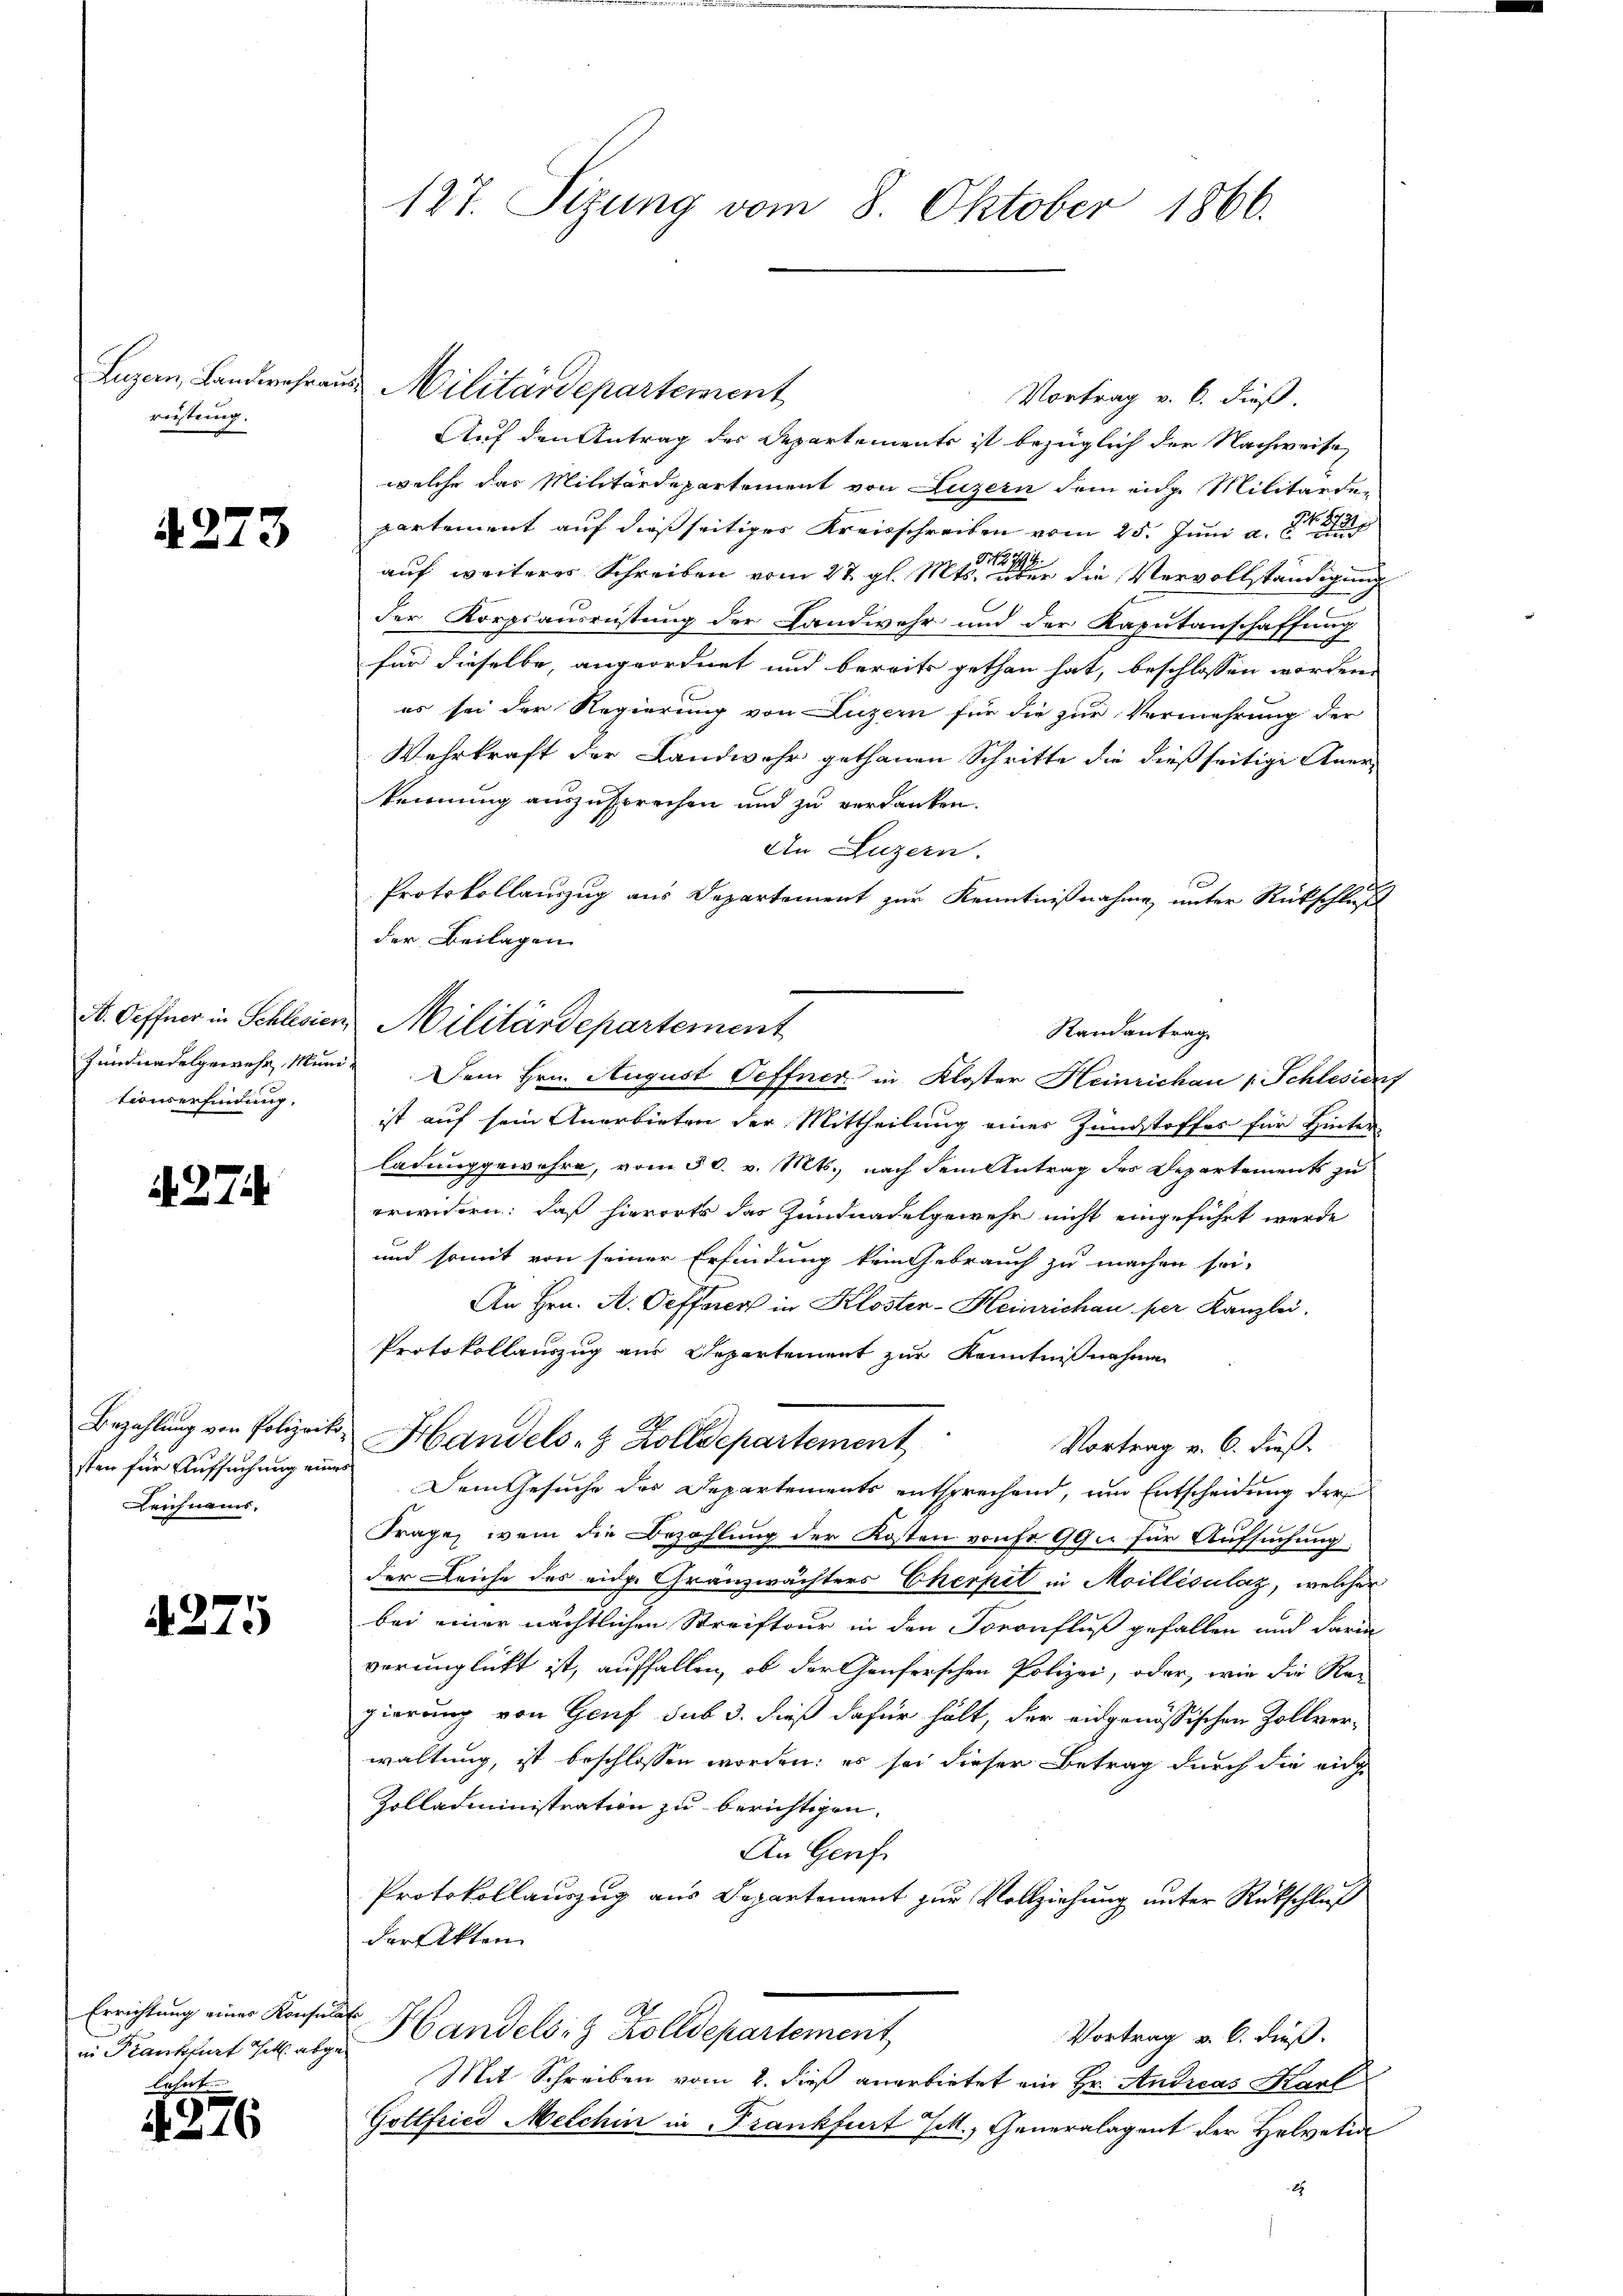
Luzern, Landwehrai
reitung.

A 273

K. Oeffner in Schlesien
Jundnadelgewehr, Mund
tionserfindung.

A. 274.

Bezahlung von Polizeit
sten für Aufsuchung eine
Leichnams,

4275

Errichtung eines Konsu
in Frankfurt hatt. abg
lehnt

376

127. Sizung vom 8. Oktober 1866.

us Militärdepartement
Vortrag v. 6. dieß.
Auf den Antrag der Departements ist bezüglich der Nachweise
welche das Militärdepartement von Luzern dem einge Militärdepartement auf dießseitiger Kreisschreiben vom 25. Juni a.
.
Siche
auf weiteres Schreiben vom 27. gl. Mts. über die Vervollständigung
der Korpsausrüstung der Landwehr und der Kaputanschaffung
für dieselbe, angeordnet und bereits gethan hat, beschlossen worden.
es sei der Regierung von Luzern für die zur Vermehrung der
Wehrkraft der Landwehr gethanen Schritte die dießseitige Aner-
kennung auszusprechen und zu verdanken.
An Luzern.
Protokollauszug aus Departement zur Kenntnißnahme unter Rückschluß
der Beilagen
 Militärdepartement
Dem Hrn. August Oeffner in Kloster Heinrichau v. Schlesiens
ist auf sein Anerbieten der Mittheilung einer Zundstoffes für Hinter
ladung gewehre, vom 30. v. Mts., nach dem Antrag des Departements zu
erwidern; daß hierorts das Zundnadelgewehr nicht eingeführt werde
und somit von seiner Erfindung kein Gebrauch zu machen sei.
An Hrn. A. Oefferen in Klosten-Heinrichen per Kanzlei.
Protokollauszug aus Departement zur Kenntnißnahme
Handels- & Zolldepartement
Vortrag v. 6. dieß.
Dem Gesuche des Departements entsprechend, um Entscheidung der
Frage, wenn die Bezahlung der Kosten von Fr. 99 für Aufsuchung,
der Leiche des eidge Gränzwächters Cherpel in Moillésulaz, welcher
bei einer nächtlichen Streiftour in den Foronfluß gefallen und darin
verunglückt ist, auffallen, ob der Genferschen Polizei, oder, wie die Rei
gierung von Genf sub 3. dieß dafür hält, der eidgenössischen Zollverwaltung, ist beschlossen worden: es sei dieser Betrag durch die eidg
Zolladministration zu berichtigen.
An Genf
Protokollauszug aus Departement zur Vollziehung unter Rückschluß
der Akten
Handelsig Zolldepartement
Vortrag v. 6. dieß.
Mit Schreiben vom 2. dieß anerbietet ein Hr. Andreas Karl
Gottfried Melchin in Frankfurt Tit. Generalagent der Helvetia
2

Randantrag